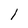
Character: l